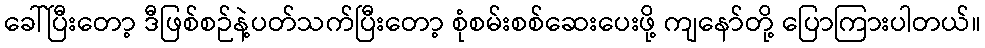
ခေါ်ပြီးတော့ ဒီဖြစ်စဉ်နဲ့ပတ်သက်ပြီးတော့ စုံစမ်းစစ်ဆေးပေးဖို့ ကျနော်တို့ ပြောကြားပါတယ်။